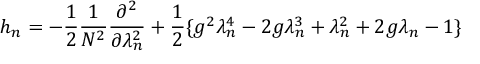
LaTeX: h _ { n } = - \frac { 1 } { 2 } \frac { 1 } { N ^ { 2 } } \frac { \partial ^ { 2 } } { \partial \lambda _ { n } ^ { 2 } } + \frac { 1 } { 2 } \{ g ^ { 2 } \lambda _ { n } ^ { 4 } - 2 g \lambda _ { n } ^ { 3 } + \lambda _ { n } ^ { 2 } + 2 g \lambda _ { n } - 1 \}